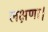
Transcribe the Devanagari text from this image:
लक्षणा।